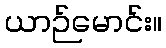
ယာဉ်မောင်း။